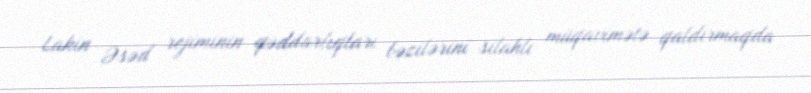
Lakin Əsəd rejiminin qəddarlıqları bəzilərini silahlı müqavimətə qaldırmaqda